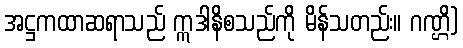
အဋ္ဌကထာဆရာသည် ဣဒါနိစသည်ကို မိန်သတည်း။ ဂဏ္ဌိ)